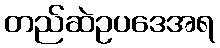
တည်ဆဲဥပဒေအရ